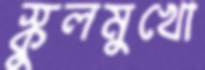
স্কুলমুখো